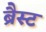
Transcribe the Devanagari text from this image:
ब्रैस्ट